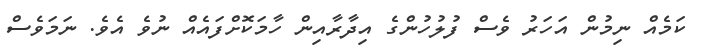
ކަމެއް ނިމުން އަހަރު ވެސް ފުލުހުންގެ އިދާރާއިން ހާމަކޮށްފައެއް ނުވެ އެވެ. ނަމަވެސް